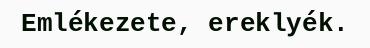
Emlékezete, ereklyék.